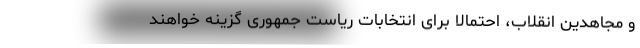
و مجاهدین انقلاب، احتمالا برای انتخابات ریاست جمهوری گزینه خواهند